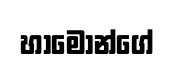
හාමොන්ගේ